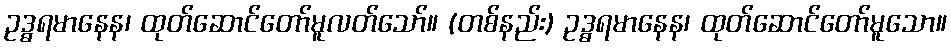
ဥဒ္ဓရမာနေန၊ ထုတ်ဆောင်တော်မူလတ်သော်။ (တစ်နည်း) ဥဒ္ဓရမာနေန၊ ထုတ်ဆောင်တော်မူသော။